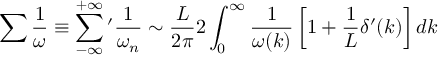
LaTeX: \sum \frac { 1 } { \omega } \equiv \sum _ { - \infty } ^ { + \infty } \, \! ^ { \prime } \frac { 1 } { \omega _ { n } } \sim \frac { L } { 2 \pi } 2 \int _ { 0 } ^ { \infty } \frac { 1 } { \omega ( k ) } \left[ 1 + \frac { 1 } { L } \delta ^ { \prime } ( k ) \right] d k